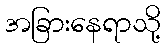
အခြားနေရာသို့